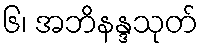
၆၊ အဘိနန္ဒသုတ်